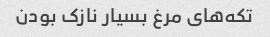
تکه‌های مرغ بسیار نازک بودن